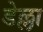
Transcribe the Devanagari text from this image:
डेल्ला